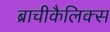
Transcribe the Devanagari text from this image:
ब्राचीकैलिक्स